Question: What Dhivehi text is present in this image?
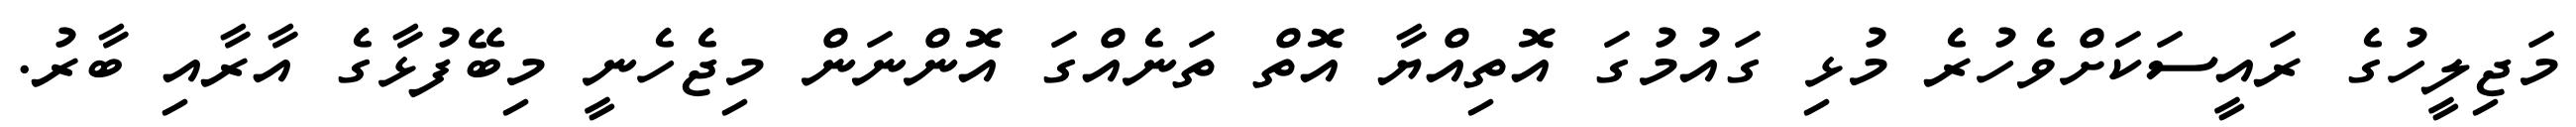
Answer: މަޖިލީހުގެ ރައީސަކަށްވެހުރެ މުޅި ގައުމުގަ އޮތިއްޔާ އޮތް ތަނެއްގަ އޮންނަން މިޖެހެނީ މިބޭފުޅާގެ އާރާއި ބާރު.